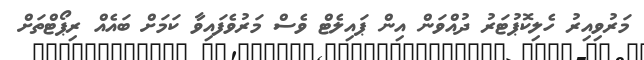
މަރުވިއިރު ހެލިކޮޕުޓަރު ދުއްވަން އިން ޕައިލެޓް ވެސް މަރުވެފައިވާ ކަމަށް ބައެއް ރިޕޯޓްތަށް